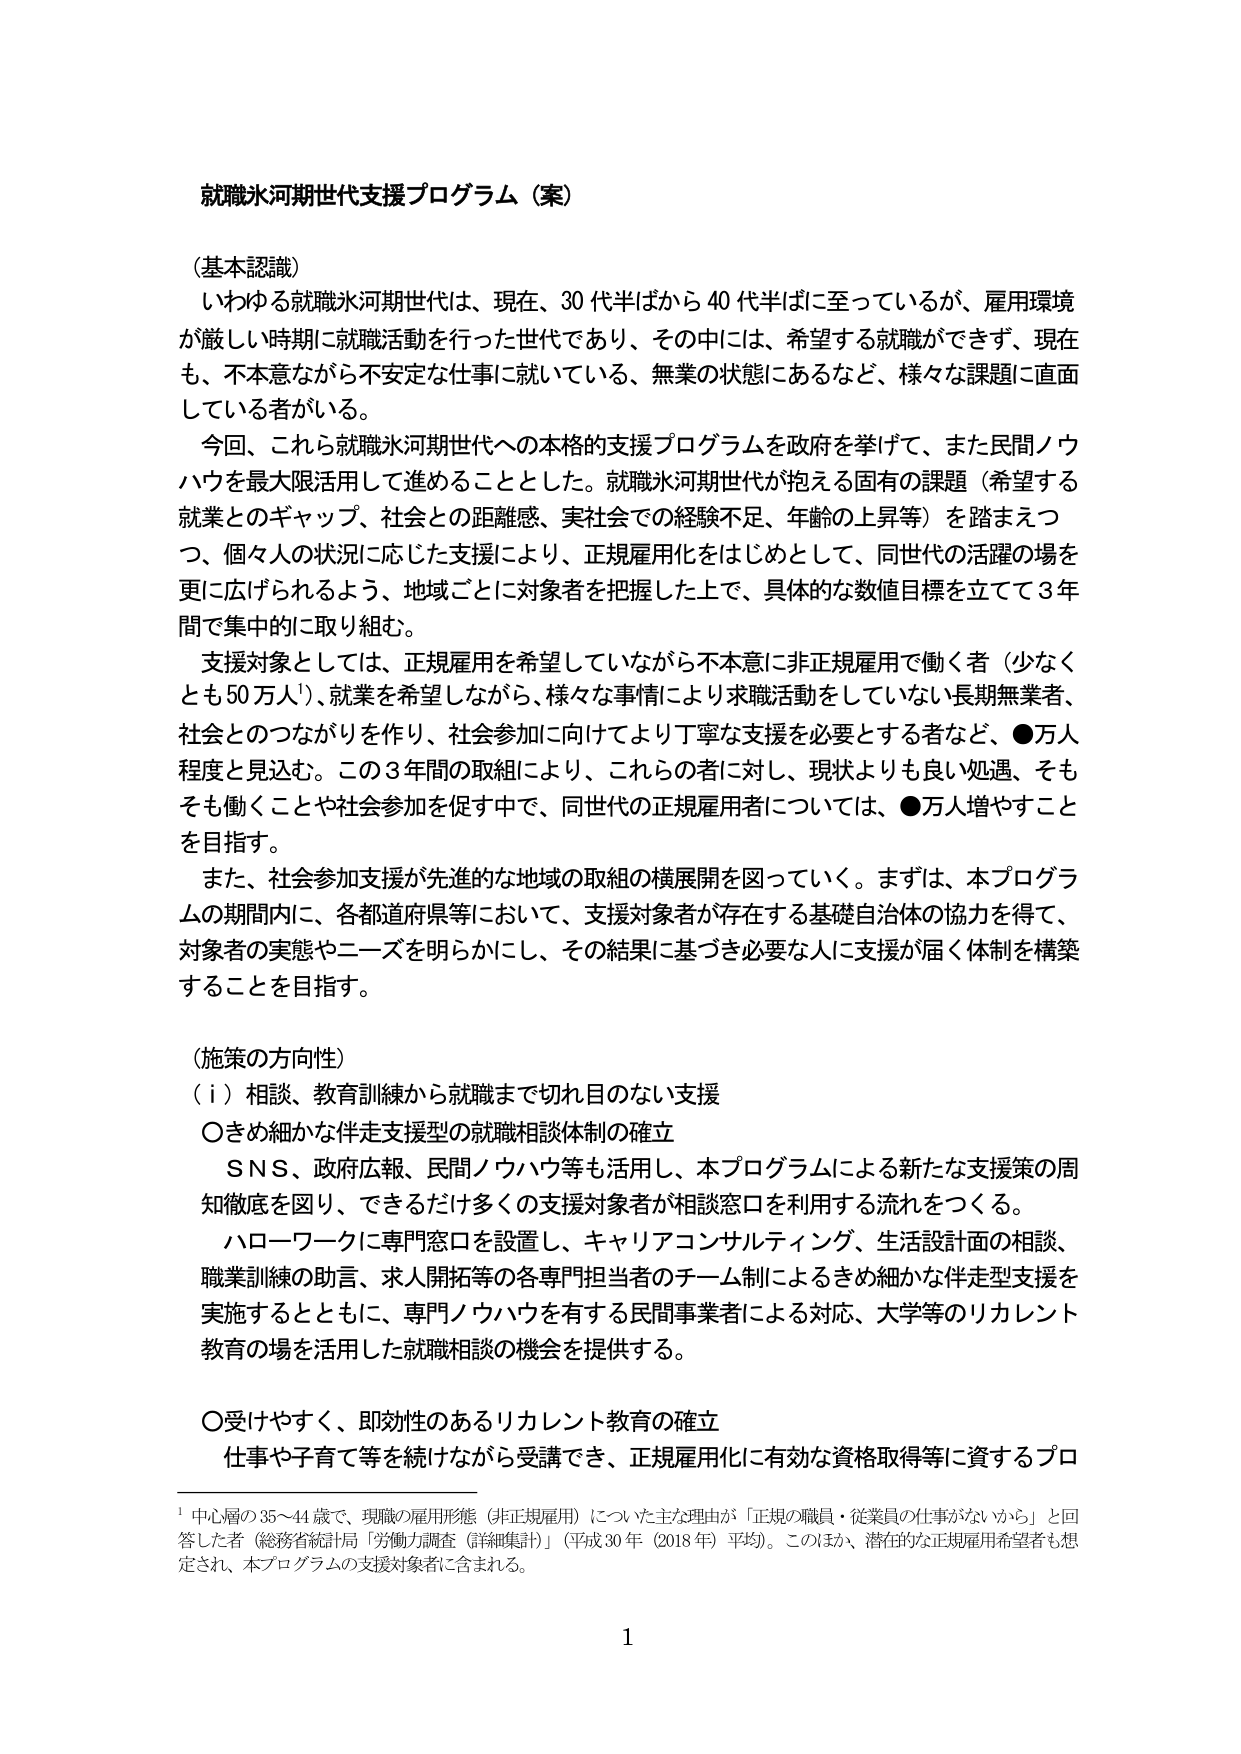
就職氷河期世代支援プログラム（案）

（基本認識）
いわゆる就職氷河期世代は、現在、30代半ばから40代半ばに至っているが、雇用環境が厳しい時期に就職活動を行った世代であり、その中には、希望する就職ができず、現在も、不本意ながら不安定な仕事に就いている、無業の状態にあるなど、様々な課題に直面している者がいる。
今回、これら就職氷河期世代への本格的支援プログラムを政府を挙げて、また民間ノウハウを最大限活用して進めることとした。就職氷河期世代が抱える固有の課題（希望する就業とのギャップ、社会との距離感、実社会での経験不足、年齢の上昇等）を踏まえつつ、個々人の状況に応じた支援により、正規雇用化をはじめとして、同世代の活躍の場を更に広げられるよう、地域ごとに対象者を把握した上で、具体的な数値目標を立てて3年間で集中的に取り組む。
支援対象としては、正規雇用を希望していながら不本意に非正規雇用で働く者（少なくとも50万人¹）、就業を希望しながら、様々な事情により求職活動をしていない長期無業者、社会とのつながりを作り、社会参加に向けてより丁寧な支援を必要とする者など、●万人程度と見込む。この3年間の取組により、これらの者に対し、現状よりも良い処遇、そもそも働くことや社会参加を促す中で、同世代の正規雇用者については、●万人増やすことを目指す。
また、社会参加支援が先進的な地域の取組の横展開を図っていく。まずは、本プログラムの期間内に、各都道府県等において、支援対象者が存在する基礎自治体の協力を得て、対象者の実態やニーズを明らかにし、その結果に基づき必要な人に支援が届く体制を構築することを目指す。

（施策の方向性）
（ⅰ）相談、教育訓練から就職まで切れ目のない支援
〇きめ細かな伴走支援型の就職相談体制の確立
ＳＮＳ、政府広報、民間ノウハウ等も活用し、本プログラムによる新たな支援策の周知徹底を図り、できるだけ多くの支援対象者が相談窓口を利用する流れをつくる。
ハローワークに専門窓口を設置し、キャリアコンサルティング、生活設計面の相談、職業訓練の助言、求人開拓等の各専門担当者のチーム制によるきめ細かな伴走型支援を実施するとともに、専門ノウハウを有する民間事業者による対応、大学等のリカレント教育の場を活用した就職相談の機会を提供する。

〇受けやすく、即効性のあるリカレント教育の確立
仕事や子育て等を続けながら受講でき、正規雇用化に有効な資格取得等に資するプロ

¹ 中心層の35～44歳で、現職の雇用形態（非正規雇用）についた主な理由が「正規の職員・従業員の仕事がないから」と回答した者（総務省統計局「労働力調査（詳細集計）」（平成30年（2018年）平均））。このほか、潜在的な正規雇用希望者も想定され、本プログラムの支援対象者に含まれる。

1